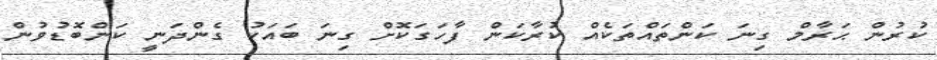
ކުރުން ޙަރާމް ގިނަ ކަންތައްތަކެއް ކުރާކަން ފާހަގަކޮށް ގިނަ ބައަކު ގެންދަނީ ކަންބޮޑުވުން